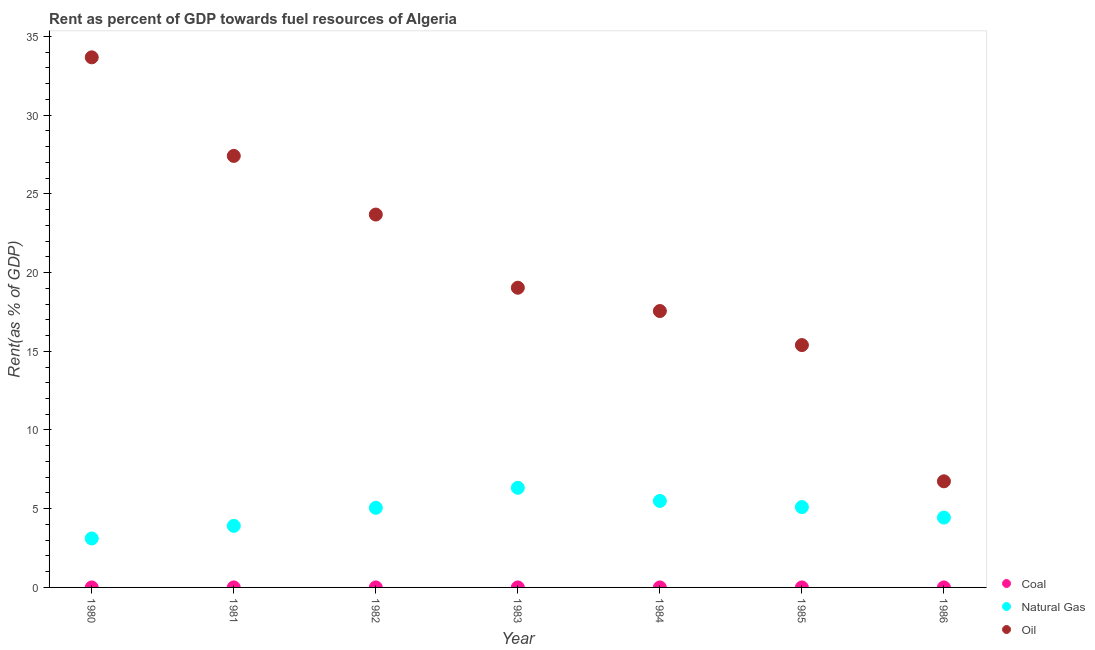
| Year | Coal | Natural Gas | Oil |
 | --- | --- | --- | --- |
 | 1980 | 0.000169 | 3.11 | 33.7 |
 | 1981 | 0.000377 | 3.91 | 27.4 |
 | 1982 | 0.000402 | 5.06 | 23.7 |
 | 1983 | 0.000143 | 6.33 | 19 |
 | 1984 | 6.53e-05 | 5.49 | 17.6 |
 | 1985 | 0.000108 | 5.1 | 15.4 |
 | 1986 | 1.12e-06 | 4.44 | 6.74 |